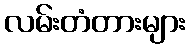
လမ်းတံတားများ